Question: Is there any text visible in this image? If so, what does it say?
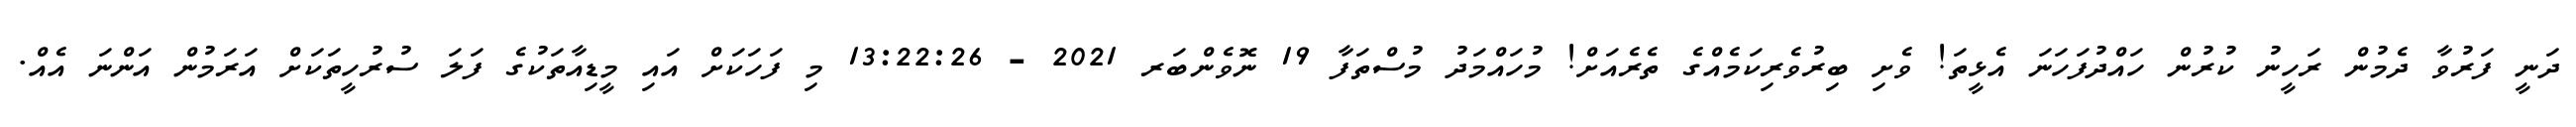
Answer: ދަނީ ފަރުވާ ދެމުން ރަހީނު ކުރުން ހައްދުފަހަނަ އެޅީތަ! ވެށި ބިރުވެރިކަމެއްގެ ތެރެއަށް! މުހައްމަދު މުސްތަފާ 19 ނޮވެންބަރ 2021 - 13:22:26 މި ފަހަކަށް އައި މީޑިއާތަކުގެ ފަލަ ސުރުހީތަކަށް އަރަމުން އަންނަ އެއް.